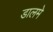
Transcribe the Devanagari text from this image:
डालमे